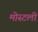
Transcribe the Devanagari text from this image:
मोस्टली